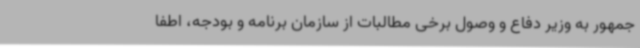
جمهور به وزیر دفاع و وصول برخی مطالبات از سازمان برنامه و بودجه، اطفا